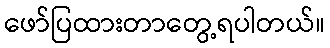
ဖော်ပြထားတာတွေ့ရပါတယ်။